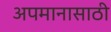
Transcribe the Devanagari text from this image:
अपमानासाठी